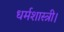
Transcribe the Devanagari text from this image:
धर्मशास्त्री।